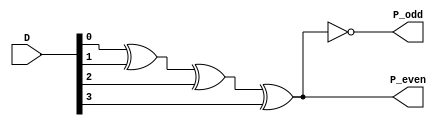
 `timescale 1s / 1ns
 
module parity_gen(D,P_even,P_odd);
input[3:0] D; //data
output P_even, P_odd; //Parity

assign P_even = D[0]^D[1]^D[2]^D[3];
assign P_odd =  ~(D[0]^D[1]^D[2]^D[3]);
endmodule